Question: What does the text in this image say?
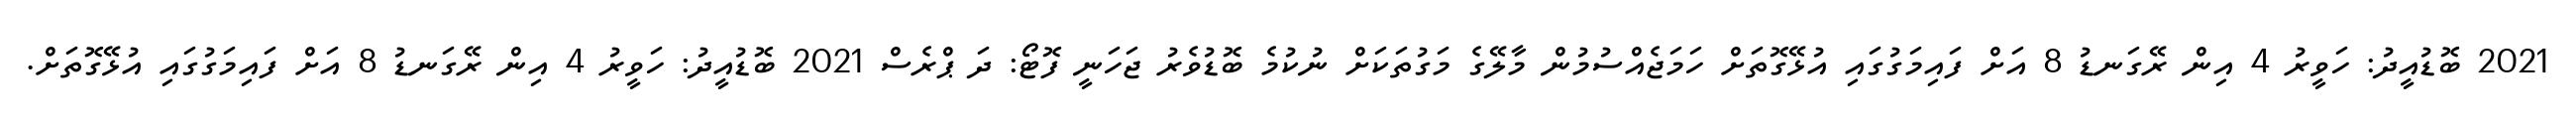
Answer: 2021 ބޮޑުއީދު: ހަވީރު 4 އިން ރޭގަނޑު 8 އަށް ފައިމަގުގައި އުޅޭގޮތަށް ހަމަޖެއްސުމުން މާލޭގެ މަގުތަކަށް ނުކުމެ ބޮޑުވެރު ޖަހަނީ ފޮޓޯ: ދަ ޕްރެސް 2021 ބޮޑުއީދު: ހަވީރު 4 އިން ރޭގަނޑު 8 އަށް ފައިމަގުގައި އުޅޭގޮތަށް.